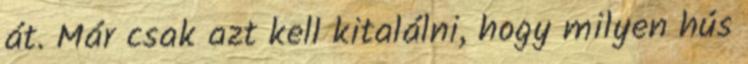
át. Már csak azt kell kitalálni, hogy milyen hús